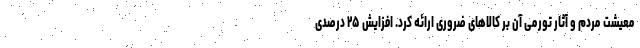
معیشت مردم و آثار تورمی آن بر کالاهای ضروری ارائه کرد. افزایش ۲۵ درصدی